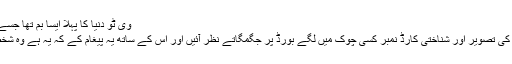
Image caption وی ٹوُ دنیا کا پہلا ایسا بم تھا جسے راکٹ کیں مدد سے داغا گیا تھا
اور پھر چند دن بعد ہو سکتا ہے کہ آپ کا اپنا نام، آپ کی تصویر اور شناختی کارڈ نمبر کسی چوک میں لگے بورڈ پر جگمگاتے نظر آئیں اور اس کے ساتھ یہ پیغام کے کہ یہ ہے وہ شخص جو ٹریفک کا لحاظ کیے بغیر سڑک پار کرتا ہے۔